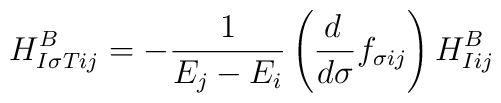
H^B_{I\sigma Tij} = -{1\over E_j-E_i}\left({d\,\over d\sigma}f_{\sigma ij}\right) H^B_{Iij}